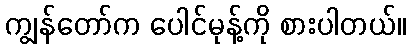
ကျွန်တော်က ပေါင်မုန့်ကို စားပါတယ်။